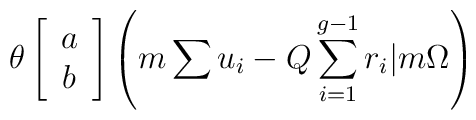
\theta \left[ \begin{array}{c}                  a \\ b                  \end{array} \right]\left(m\sum u_i -Q\sum_{i=1}^{g-1}r_i |m\Omega \right)